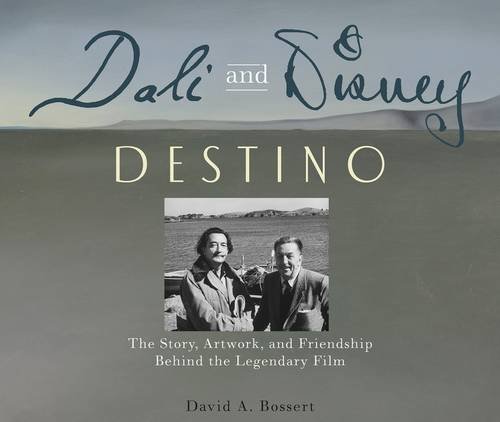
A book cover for Dali & Disney: Destino: The Story, Artwork, and Friendship Behind the Legendary Film (Disney Editions Deluxe); David A. Bossert; Humor & Entertainment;